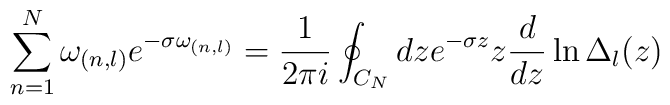
\sum_{n=1}^{N} \omega_{(n,l)} e^{-\sigma \omega_{(n,l)}}={1\over2\pi i}\oint_{C_{N}}dz e^{-\sigma z}z{d\over dz}\ln \Delta_{l}(z)